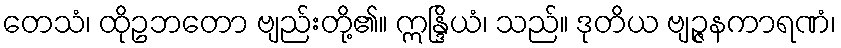
တေသံ၊ ထိုဥဘတော ဗျည်းတို့၏။ ဣန္ဒြိယံ၊ သည်။ ဒုတိယ ဗျဉ္ဇနကာရဏံ၊